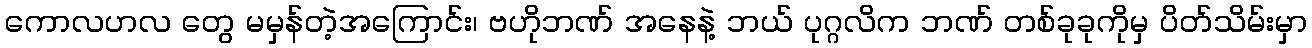
ကောလဟလ တွေ မမှန်တဲ့အကြောင်း၊ ဗဟိုဘဏ် အနေနဲ့ ဘယ် ပုဂ္ဂလိက ဘဏ် တစ်ခုခုကိုမှ ပိတ်သိမ်းမှာ